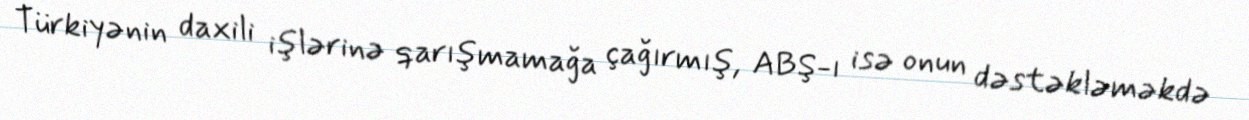
Türkiyənin daxili işlərinə qarışmamağa çağırmış, ABŞ-ı isə onun dəstəkləməkdə